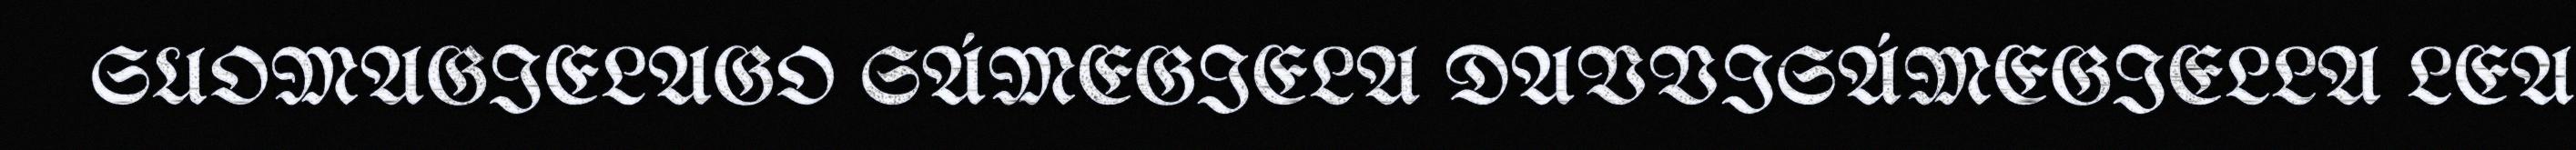
SUOMAGIELAGO SÁMEGIELA DAVVISÁMEGIELLA LEA